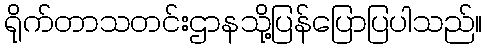
ရိုက်တာသတင်းဌာနသို့ပြန်ပြောပြပါသည်။